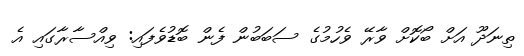
ތިނަދޫ އަށް ބޯކޮށް ވާރޭ ވެހުމުގެ ސަބަބުން ފެން ބޮޑުވެފައި: ވިއްސާރާގައި އެ